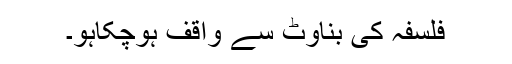
فلسفہ کی بناوٹ سے واقف ہوچکاہو۔